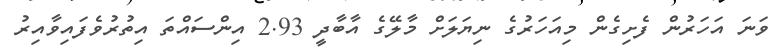
ވަނަ އަހަރުން ފެށިގެން މިއަހަރުގެ ނިޔަލަށް މާލޭގެ އާބާދީ 2.93 އިންސައްތަ އިތުރުވެފައިވާއިރު